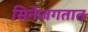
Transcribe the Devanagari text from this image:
सिनेजगतात